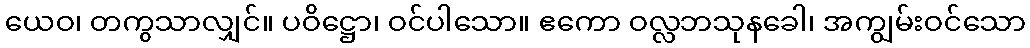
ယေဝ၊ တကွသာလျှင်။ ပဝိဋ္ဌော၊ ဝင်ပါသော။ ဧကော ဝလ္လဘသုနခေါ၊ အကျွမ်းဝင်သော